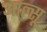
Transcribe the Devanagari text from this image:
आल्सू